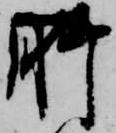
肝